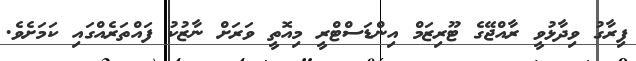
ފިރާގު ވިދާޅުވީ ރާއްޖޭގެ ޓޫރިޒަމް އިންޑަސްޓްރީ މިއޮތީ ވަރަށް ނާޒުކު ފައްތަރެއްގައި ކަމަށެވެ.